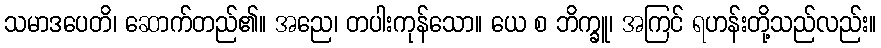
သမာဒပေတိ၊ ဆောက်တည်၏။ အညေ၊ တပါးကုန်သော။ ယေ စ ဘိက္ခူ၊ အကြင် ရဟန်းတို့သည်လည်း။